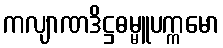
ကလျာဏဒိဋ္ဌဓမ္မူပက္ကမော